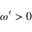
\omega ^ { \prime } > 0